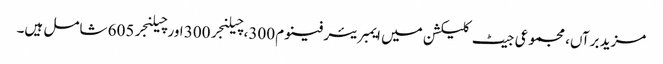
مزید برآں، مجموعی جیٹ کلیکشن میں ایمبریئر فینوم 300، چیلنجر 300 اور چیلنجر 605 شامل ہیں۔